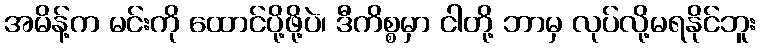
အမိန့်က မင်းကို ထောင်ပို့ဖို့ပဲ၊ ဒီကိစ္စမှာ ငါတို့ ဘာမှ လုပ်လို့မရနိုင်ဘူး